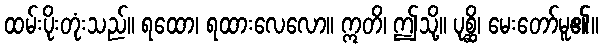
ထမ်းပိုးတုံးသည်။ ရထော၊ ရထားလေလော။ ဣတိ၊ ဤသို့။ ပုစ္ဆိ၊ မေးတော်မူ၏။